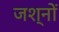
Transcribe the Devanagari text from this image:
जश्नों